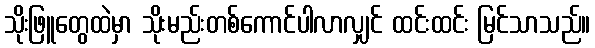
သိုးဖြူတွေထဲမှာ သိုးမည်းတစ်ကောင်ပါလာလျှင် ထင်းထင်း မြင်သာသည်။